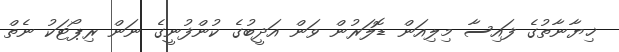
ޚިޔާނާތުގެ ފައިސާ މިލިއަން ޑޮލަރުން ވަން އަދީބުގެ ކުންފުނީގެ ނަން ރިޕޯޓަކު ނެތް